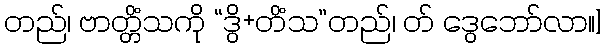
တည်၊ ဗာတ္တိံသကို “ဒွိ+တိံသ”တည်၊ တ် ဒွေဘော်လာ။]